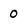
Character: 0